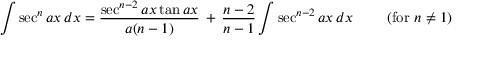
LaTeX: \int \sec ^ { n } { a x } \, d x = { \frac { \sec ^ { n - 2 } { a x } \tan { a x } } { a ( n - 1 ) } } \, + \, { \frac { n - 2 } { n - 1 } } \int \sec ^ { n - 2 } { a x } \, d x \qquad { \mathrm { ~ ( f o r ~ } } n \neq 1 { \mathrm { ) } }